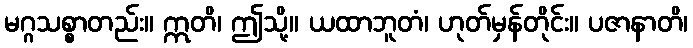
မဂ္ဂသစ္စာတည်း။ ဣတိ၊ ဤသို့။ ယထာဘူတံ၊ ဟုတ်မှန်တိုင်း။ ပဇာနာတိ၊